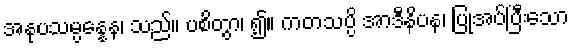
အနုပသမ္ပန္နေန၊ သည်။ ပစိတွာ၊ ၍။ ကတသပ္ပိ အာဒီနိပန၊ ပြုအပ်ပြီးသော